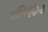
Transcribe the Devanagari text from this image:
अभिवृद्धीची